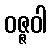
ဝဇ္ဇဝါ